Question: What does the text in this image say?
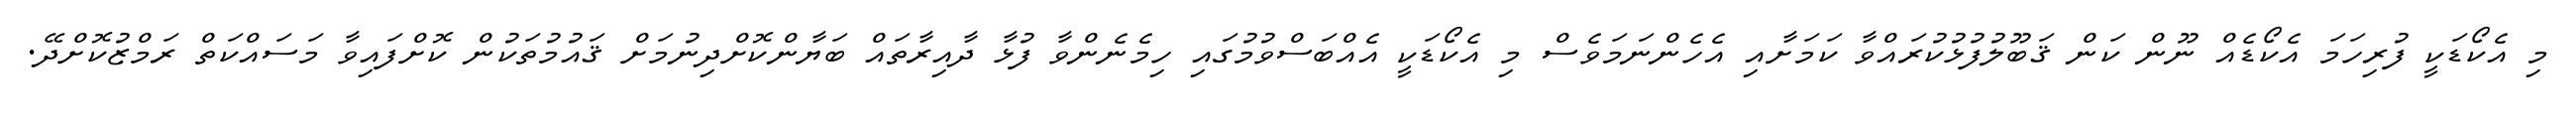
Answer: މި އެކޯޑަކީ ފުރިހަމަ އެކޯޑެއް ނޫން ކަން ޤަބޫލުފުޅުކުރައްވާ ކަމަށާއި އެހެންނަމަވެސް މި އެކޯޑަކީ އެއްބަސްވުމުގައި ހިމެނެންވާ ފުޅާ ދާއިރާތައް ބަޔާންކޮށްދިނުމަށް ޤައުމުތަކުން ކޮށްފައިވާ މަސައްކަތް ރަމްޒުކޮށްދޭ.